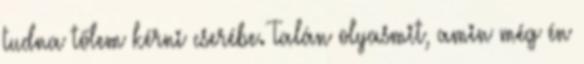
tudna tőlem kérni cserébe. Talán olyasmit, amin még én